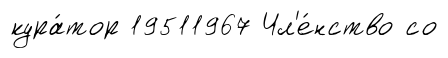
кура́тор 19511967 Чл'е́нство со